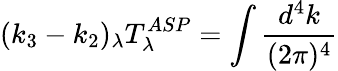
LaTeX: (k_{3}-k_{2})_{\lambda}T_{\lambda}^{ASP}=\int\frac{d^{4}k}{(2\pi)^{4}}